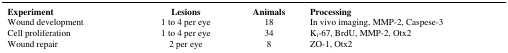
<table><thead><tr><td><b>Experiment</b></td><td><b>Lesions</b></td><td><b>Animals</b></td><td><b>Processing</b></td></tr></thead><tbody><tr><td>Wound development</td><td>1 to 4 per eye</td><td>18</td><td>In vivo imaging, MMP-2, Caspese-3</td></tr><tr><td>Cell proliferation</td><td>1 to 4 per eye</td><td>34</td><td>K<sub>i</sub>-67, BrdU, MMP-2, Otx2</td></tr><tr><td>Wound repair</td><td>2 per eye</td><td>8</td><td>ZO-1, Otx2</td></tr></tbody></table>